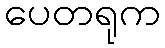
ပေတရုက